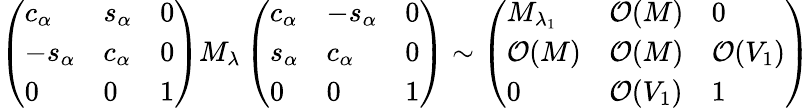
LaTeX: \left(\begin{array}{lll}{{c_{\alpha}}}&{{s_{\alpha}}}&{{0}}\\ {{-s_{\alpha}}}&{{c_{\alpha}}}&{{0}}\\ {{0}}&{{0}}&{{1}}\end{array}\right)M_{\lambda}\left(\begin{array}{lll}{{c_{\alpha}}}&{{-s_{\alpha}}}&{{0}}\\ {{s_{\alpha}}}&{{c_{\alpha}}}&{{0}}\\ {{0}}&{{0}}&{{1}}\end{array}\right)\sim\left(\begin{array}{lll}{{M_{\lambda_{1}}}}&{{{\cal O}(M)}}&{{0}}\\ {{{\cal O}(M)}}&{{{\cal O}(M)}}&{{{\cal O}(V_{1})}}\\ {{0}}&{{{\cal O}(V_{1})}}&{{1}}\end{array}\right)